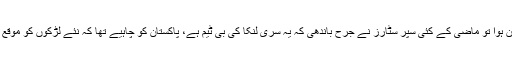
اس ٹی ٹونٹی ٹیم سے پہلے جب ون ڈے سکواڈ کا اعلان ہوا تو ماضی کے کئی سپر سٹارز نے جرح باندھی کہ یہ سری لنکا کی بی ٹیم ہے، پاکستان کو چاہیے تھا کہ نئے لڑکوں کو موقع دیتا مگر مصباح نے سلیکشن میں دلیری نہیں دکھائی۔